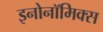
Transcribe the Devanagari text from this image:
इनोनॉमिक्स